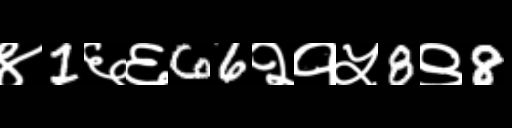
Text: ४1६६66२१५8९8